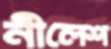
নীলেশ